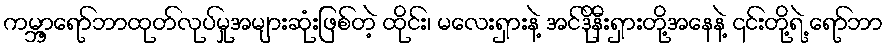
ကမ္ဘာ့ရော်ဘာထုတ်လုပ်မှုအများဆုံးဖြစ်တဲ့ ထိုင်း၊ မလေးရှားနဲ့ အင်ဒိုနီးရှားတို့အနေနဲ့ ၎င်းတို့ရဲ့ ရော်ဘာ